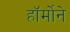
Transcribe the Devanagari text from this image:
हॉर्मोने